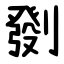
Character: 㔇